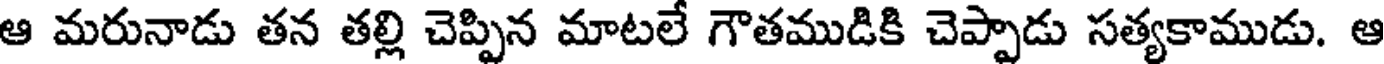
ఆ మరునాడు తన తల్లి చెప్పిన మాటలే గౌతముడికి చెప్పాడు సత్యకాముడు. ఆ